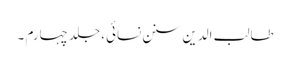
طالب الدین سنن نسائی، جلد چہارم ۔